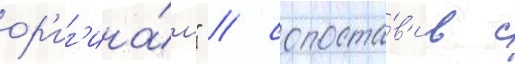
ор'иг'ина́л" / сопоста́в'ив с